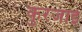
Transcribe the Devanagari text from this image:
कुरंजाई